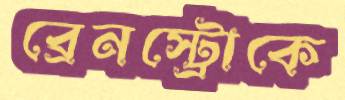
ব্রেনস্ট্রোকে